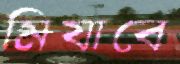
মিযাবে